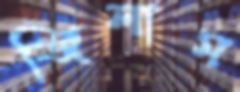
জিলাম